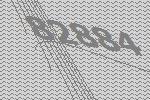
82884